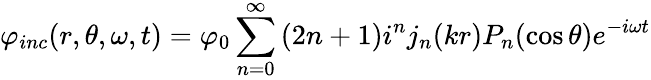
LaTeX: \varphi_{inc}(r,\theta,\omega,t)=\varphi_{0}\sum_{n=0}^{\infty}\left(2n+1\right)i^{n}j_{n}(kr)P_{n}(\cos\theta)e^{-i\omega t}